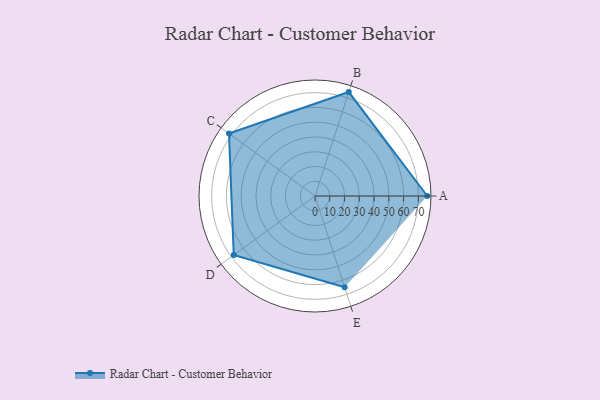
{"axis": {"x": "Skill", "y": "Score"}, "legend": ["Profile"], "data": [{"x": "A", "y": 76.0, "type": "Profile"}, {"x": "B", "y": 74.0, "type": "Profile"}, {"x": "C", "y": 72.0, "type": "Profile"}, {"x": "D", "y": 68.0, "type": "Profile"}, {"x": "E", "y": 65.0, "type": "Profile"}]}